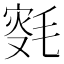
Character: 𣮸